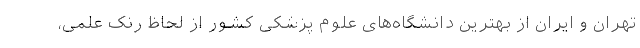
تهران و ایران از بهترین دانشگاه‌های علوم پزشکی کشور از لحاظ رنک علمی،